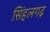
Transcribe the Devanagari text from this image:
सिंहलगढ़